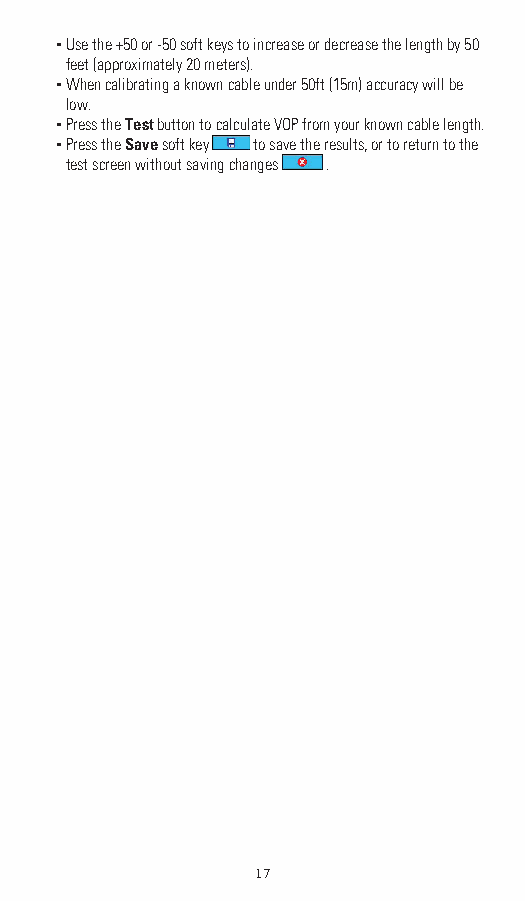
▪ Use the +50 or -50 soft keys to increase or decrease the length by 50
 feet (approximately 20 meters).
 ▪ When calibrating a known cable under 50ft (15m) accuracy will be
 low.
 ▪ Press the Test button to calculate VOP from your known cable length.
 ▪ Press the Save soft key to save the results, or to return to the
 test screen without saving changes .
 17